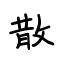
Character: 散